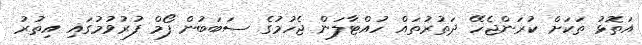
އަތޮޅު ތަކަށް ކުރަންޖެހޭ ދަތުރުތައް ހުއްޓާލަން ޖެހުމުގެ ސަބަބުން ފޯމް ފުރުވުމުގައި އިތުރު